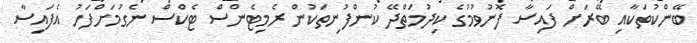
ބޭންކުތަކާއި ބޭރަށް ފައިސާ ފޮނުވުމުގެ ކިދުމަތްދޭ ކުންފުނިތަކުން ރެމިޓެންސް ޓެކްސް ނެގުމަށްފަހު އެފައިސާ